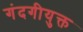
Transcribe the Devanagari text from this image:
गंदगीयुक्त